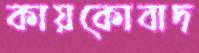
কায়কোবাদ